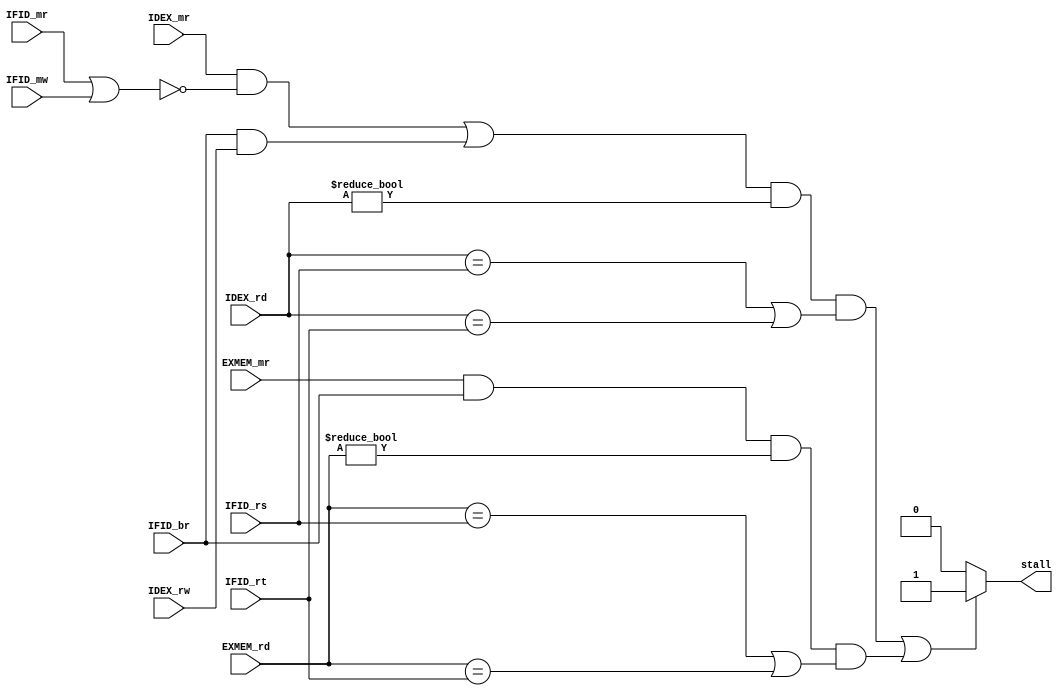
module hazard(input IDEX_mr, input IFID_br, input [3:0] IDEX_rd, input [3:0] IFID_rt, input [3:0] IFID_rs,
	input EXMEM_mr, input [3:0] EXMEM_rd, input IDEX_rw, input IFID_mr, input IFID_mw, output stall);
	
	assign stall = ( ((IDEX_mr && ~(IFID_mr || IFID_mw)) || (IFID_br && IDEX_rw)) && 
		(IDEX_rd != 4'b0000) && 
		((IDEX_rd == IFID_rs) || (IDEX_rd == IFID_rt)) ) ||
		( (EXMEM_mr && IFID_br) &&
		(EXMEM_rd != 4'b0000) &&
		((EXMEM_rd == IFID_rs) || (EXMEM_rd == IFID_rt)) ) ? 1'b1 : 1'b0;
endmodule